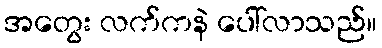
အတွေး လက်ကနဲ ပေါ်လာသည်။